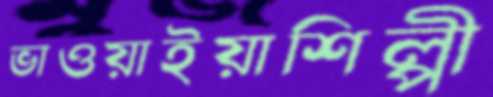
ভাওয়াইয়াশিল্পী